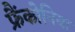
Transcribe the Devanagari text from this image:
फ्रैंकोनिया